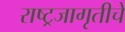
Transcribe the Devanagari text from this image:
राष्ट्रजागृतीचे